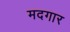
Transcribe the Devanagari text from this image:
मदगार